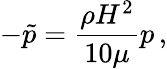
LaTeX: -\tilde{p}={\frac{\rho H^{2}}{10\mu}}p\, ,